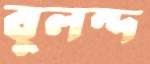
বুলন্দ